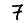
Digit: 7